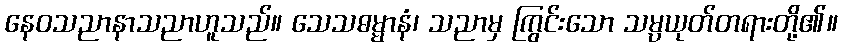
နေဝသညာနာသညာဟူသည်။ သေသဓမ္မာနံ၊ သညာမှ ကြွင်းသော သမ္ပယုတ်တရားတို့၏။